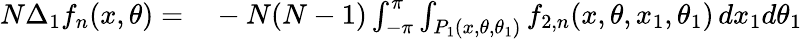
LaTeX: \begin{array}{rl}{N\Delta_{1}f_{n}(x,\theta)=}&{{}-N(N-1)\int_{-\pi}^{\pi}\int_{P_{1}(x,\theta,\theta_{1})}f_{2,n}(x,\theta,x_{1},\theta_{1})\, dx_{1}d\theta_{1}}\end{array}